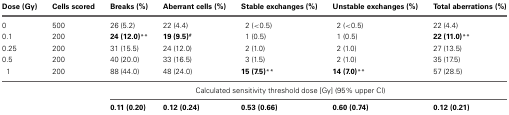
<table><thead><tr><td><b>Dose (Gy)</b></td><td><b>Cells scored</b></td><td><b>Breaks (%)</b></td><td><b>Aberrant cells (%)</b></td><td><b>Stable exchanges (%)</b></td><td><b>Unstable exchanges (%)</b></td><td><b>Total aberrations (%)</b></td></tr></thead><tbody><tr><td>0</td><td>500</td><td>26 (5.2)</td><td>22 (4.4)</td><td>2 (&lt;0.5)</td><td>2 (&lt;0.5)</td><td>22 (4.4)</td></tr><tr><td>0.1</td><td>200</td><td><b>24 (12.0)</b><sup>**</sup></td><td><b>19 (9.5)<sup>#</sup></b></td><td>1 (0.5)</td><td>1 (0.5)</td><td><b>22 (11.0)</b><sup>**</sup></td></tr><tr><td>0.25</td><td>200</td><td>31 (15.5)</td><td>24 (12.0)</td><td>2 (1.0)</td><td>2 (1.0)</td><td>27 (13.5)</td></tr><tr><td>0.5</td><td>200</td><td>40 (20.0)</td><td>33 (16.5)</td><td>3 (1.5)</td><td>2 (1.0)</td><td>35 (17.5)</td></tr><tr><td>1</td><td>200</td><td>88 (44.0)</td><td>48 (24.0)</td><td><b>15 (7.5)</b><sup>**</sup></td><td><b>14 (7.0)</b><sup>**</sup></td><td>57 (28.5)</td></tr><tr><td></td><td></td><td></td><td colspan="3">Calculated sensitivity threshold dose [Gy] (95% upper CI)</td></tr><tr><td></td><td></td><td><b>0.11 (0.20)</b></td><td><b>0.12 (0.24)</b></td><td><b>0.53 (0.66)</b></td><td><b>0.60 (0.74)</b></td><td><b>0.12 (0.21)</b></td></tr></tbody></table>